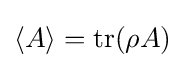
\langle A\rangle =\operatorname {tr} (\rho A)